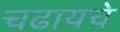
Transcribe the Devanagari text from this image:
चढायचे